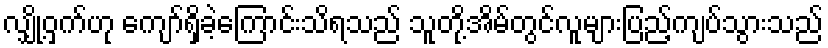
လျှို့ဝှက်ဟု ကျော်ရှိခဲ့ကြောင်းသိရသည် သူတို့အိမ်တွင်လူများပြည့်ကျပ်သွားသည်